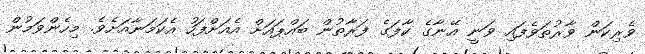
ވެރިކަން ވާރުތަވެފައި ވަނީ އޭނާގެ ކާފަގެ ފަރާތުން ބައްޕައަށް އެއަށްފަހު އެކަމަނާއަށެވެ. މިހެންވަމުން